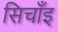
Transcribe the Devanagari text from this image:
सिचाँइ